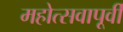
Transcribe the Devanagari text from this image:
महोत्सवापूर्वी